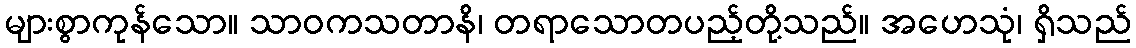
များစွာကုန်သော။ သာဝကသတာနိ၊ တရာသောတပည့်တို့သည်။ အဟေသုံ၊ ရှိသည်